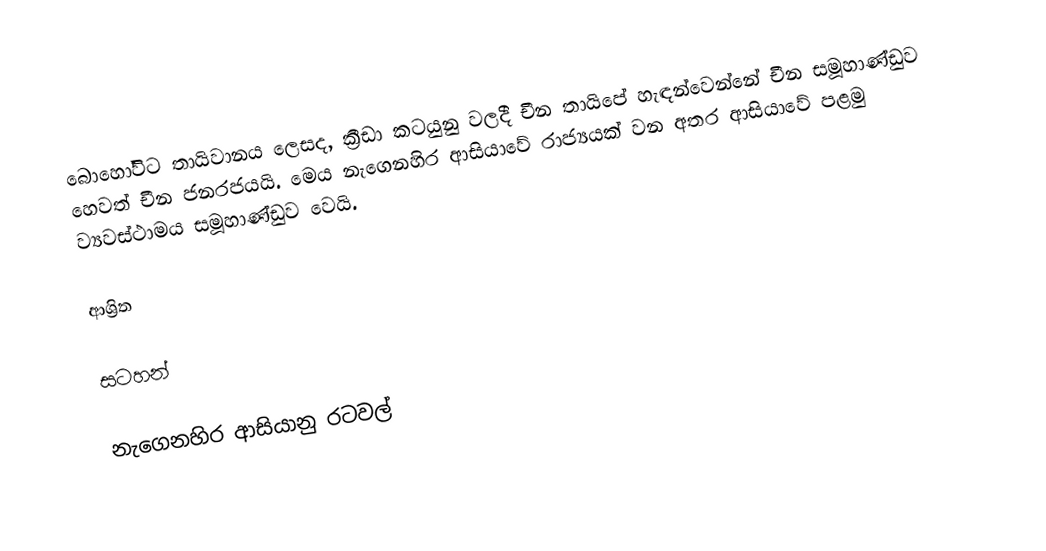
බොහෝවිට තායිවානය ලෙසද, ක්‍රීඩා කටයුනු වලදී චීන තායිපේ  හැඳන්වෙන්නේ චීන සමූහාණ්ඩුව හෙවත් චීන ජනරජයයි. මෙය නැගෙනහිර ආසියාවේ රාජ්‍යයක් වන අතර ආසියාවේ පළමු  ව්‍යවස්ථාමය සමූහාණ්ඩුව වෙයි.

ආශ්‍රිත

සටහන්

නැගෙනහිර ආසියානු රටවල්